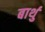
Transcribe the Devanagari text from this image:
बार्थु